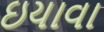
ઇયાવા